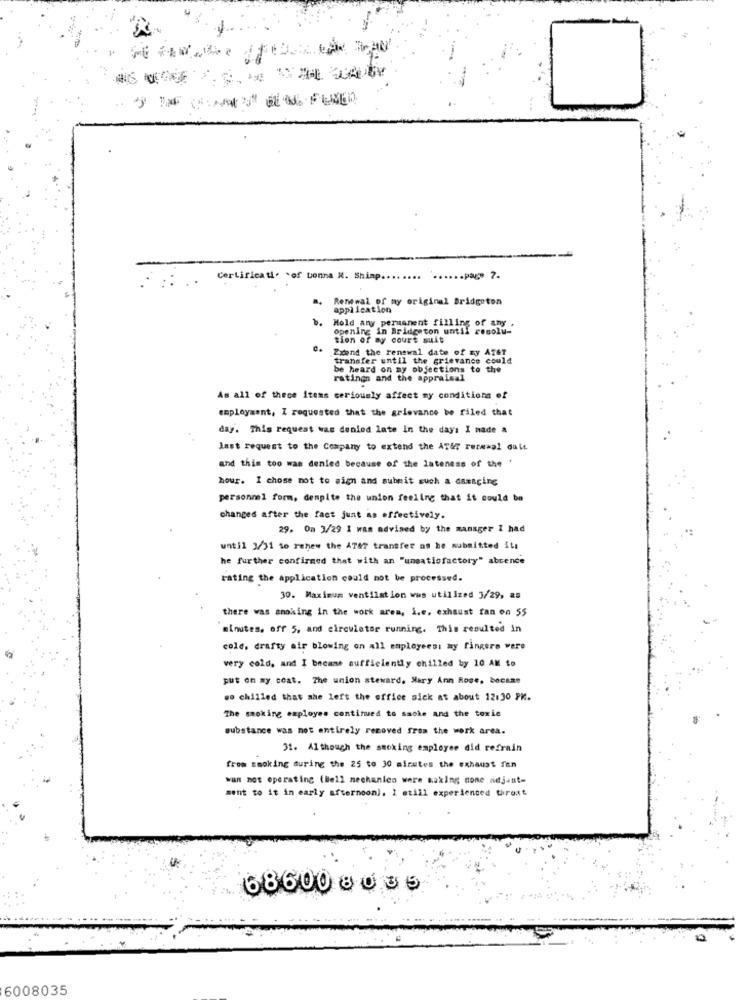
Certificati. of tonna N. Shinp ..
..... page 7.
Renewal of my original Bridgeton
application
Mold any permanent filling of
opening in Bridgeton until resolu-
tion of my court suit
Zxend the renewal date of my AT&T
transfer until the grievance could
be heard on my objections to the
ratingn and the appraisal
As all of these Items seriously affect my conditions of
employment, I requested that the grievance be filed that
day. This request was denied late in the days I nade a
. .
last request to the Company to extend the AT&T rezesal oule
and this too was denied because of the lateness of the
hour. I chose not to sign and submit such a danscine
personnel form, despite the union feeling that it could be
changes after the fact junt as effectively.
29. On 3/29 1 was advised by the manager I had
until 3/31 to renew the AT47 transfer as he submitted its
he further confirmed that with an "unsatisfactory" absence
rating the application could not be processed.
30. Maximum ventilation wws utilized 3/29, as
there was smoking in the work area, i.e. exhaust fan on 55
minutes. off 5, and circulator running. This resulted In
cold. drafty air blowing on all employees: my fingers were
very cold, and I became sufficiently chilled by 10 AM to
put on my coat. The union steward, Mary Ann Rose, became
.o chilled that she left the office sick at about 12:30 PK.
The smoking employes continued to sache and the toxic
substance was not entirely removed from the work area.
31. Although the smoking employee did refrain
from smoking during the 25 to 30 minutes the exhaust fan
wan not operating (Bell mechanics were making cone adjust=
sent to it in early afternoon). I still experienced throat
68600 8035
6008035